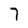
Character: 7